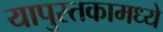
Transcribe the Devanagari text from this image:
यापुस्तकामध्ये